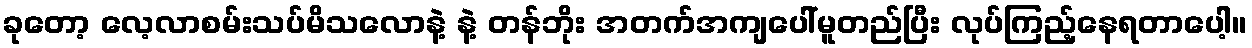
ခုတော့ လေ့လာစမ်းသပ်မိသလောနဲ့ နဲ့ တန်ဘိုး အတက်အကျပေါ်မူတည်ပြီး လုပ်ကြည့်နေရတာပေါ့။